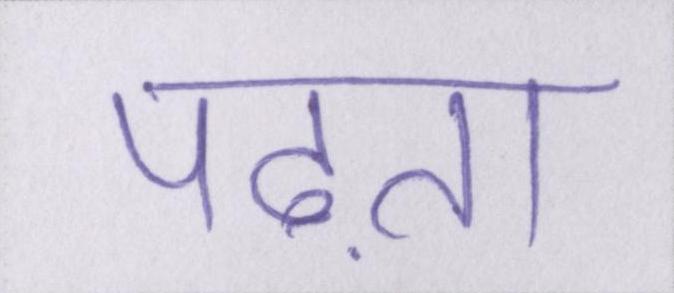
पढ़ता